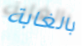
بالغابة